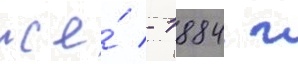
же́ - 1884 г